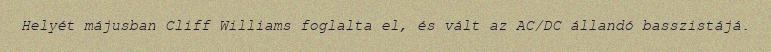
Helyét májusban Cliff Williams foglalta el, és vált az AC/DC állandó basszistájá.